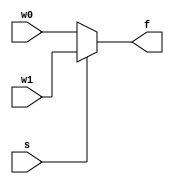
/**
  ******************************************************************************
  * @file:      Mux-2to1-3.v
  * @author:    Engin Subasi
  * @e-mail:    enginsubasi@gmail.com
  * @address:   github.com/enginsubasi/esverlib
  *
  * @version:   v 0.0.1
  * @cdate:     19/02/2018
  * @mdate:     19/02/2018
  *
  * @about:     Example
  *
  ******************************************************************************
  */

module mux2to1 (w0, w1, s, f);
    input w0, w1, s;
    output reg f;
    
    always @(w0, w1, s)
        if (s == 0)
            f = w0;
        else
            f = w1;

endmodule